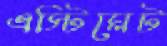
এস্টিমেট